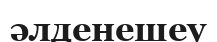
әлденешеу